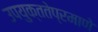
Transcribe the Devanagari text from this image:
उपयुक्ततेप्रमाणे